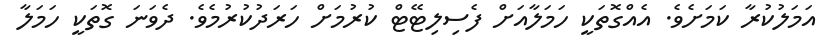
އަމަލުކުރާ ކަމަށެވެ. އެއްގޮތަކީ ހަމަލާއަށް ފެސިލިޓޭޓް ކުރުމަށް ހަރަދުކުރުމެވެ. ދެވަނަ ގޮތަކީ ހަމަލާ